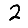
Digit: 2